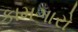
કામગારો